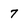
Character: 7